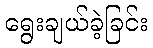
ရွေးချယ်ခဲ့ခြင်း